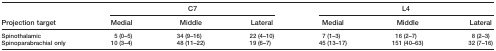
<table><thead><tr><td></td><td colspan="3"><b>C7</b></td><td colspan="3"><b>L4</b></td></tr><tr><td><b>Projection target</b></td><td><b>Medial</b></td><td><b>Middle</b></td><td><b>Lateral</b></td><td><b>Medial</b></td><td><b>Middle</b></td><td><b>Lateral</b></td></tr></thead><tbody><tr><td>Spinothalamic</td><td>5 (0–5)</td><td>34 (9–16)</td><td>22 (4–10)</td><td>7 (1–3)</td><td>16 (2–7)</td><td>8 (2–3)</td></tr><tr><td>Spinoparabrachial only</td><td>10 (3–4)</td><td>48 (11–22)</td><td>19 (6–7)</td><td>45 (13–17)</td><td>151 (40–63)</td><td>32 (7–16)</td></tr></tbody></table>